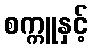
စက္ကူနှင့်